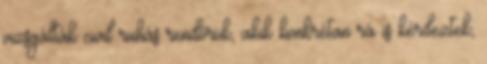
vizsgálták civil ruhás rendőrök, akik konkrétan rá is kérdeztek,